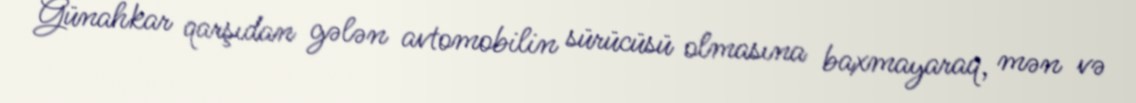
Günahkar qarşıdan gələn avtomobilin sürücüsü olmasına baxmayaraq, mən və